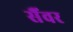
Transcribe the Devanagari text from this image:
सैंवर